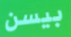
بيسن